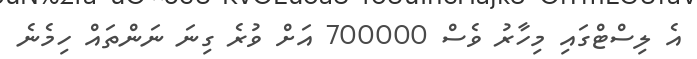
އެ ލިސްޓްގައި މިހާރު ވެސް 700000 އަށް ވުރެ ގިނަ ނަންތައް ހިމެނެ